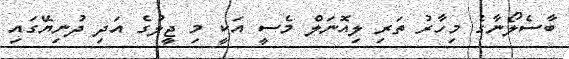
ބާސެލޯނާގެ މިހާރު ތަރި ލިއޮނަލް މެސީ އަކީ މި ޖީލުގެ އަދި ދުނިޔޭގައި